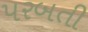
પરબતી